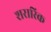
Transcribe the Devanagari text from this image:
शरारिक